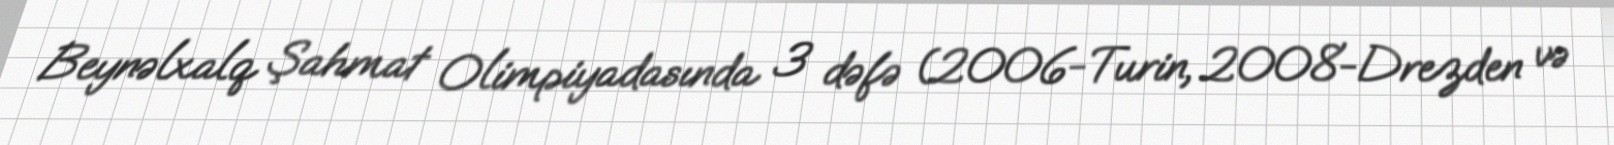
Beynəlxalq Şahmat Olimpiyadasında 3 dəfə (2006-Turin, 2008-Drezden və